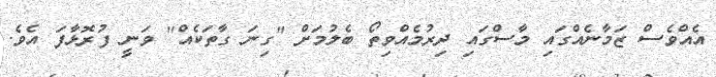
އެއްވެސް ޒަމާނެއްގައި މާސްގައި ދިރުމެއްވިތޯ ބެލުމަށް "ގިނަ ގާތަކެއް" ވަނީ ފުރޮޅާފަ އެވެ.